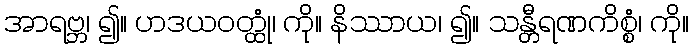
အာရဗ္ဘ၊ ၍။ ဟဒယဝတ္ထုံ၊ ကို။ နိဿာယ၊ ၍။ သန္တီရဏကိစ္စံ၊ ကို။